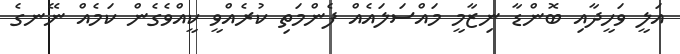
އަލީ ވަހީދާއި ބޮންޑާ ނިޒާމީ މައްސަލައެއް ފެންމަތި ކުރެއްވީ ކީއްވެގެން ކަމެއް ނޭނގެ